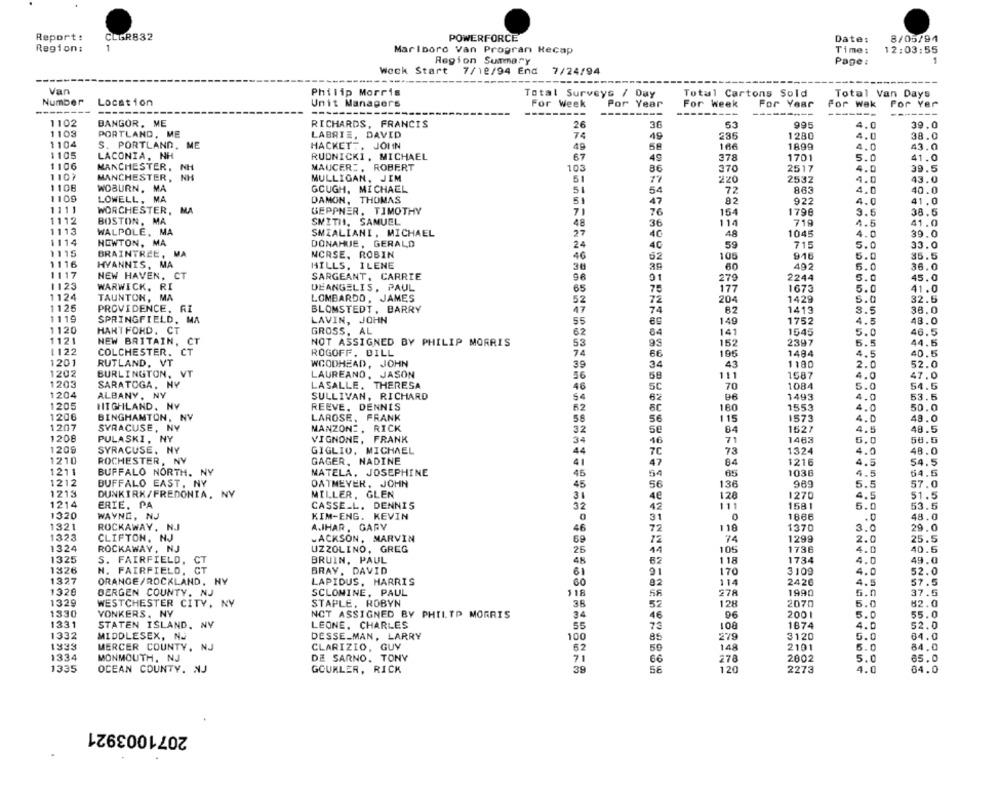
Report:
CLGR832
POWERFORCE
Date:
8/05/94
-
Region:
Marlboro van Progran Recap
Time:
12:03:55
Region Summary
Page:
1
Weck Start
7/12/94 End
7/24/94
Van
Philip Morris
Total Surveys / Day
Total Cartons Sold
Total Van Days
Number Location
Unit Managers
For Week
Por Year
For Week
For Year
For Wak For Yer
----------
----
---------
---------
----
1102
BANGOR. ME
RICHARDS, FRANCIS
26
53
995
4.0
39.0
1103
PORTLAND, ME
LABRIE, DAVID
74
49
1280
4.0
38.0
1104
S. PORTLAND, ME
HACKETT. JOHN
49
58
166
1899
4.0
43.0
1105
LACONIA, NH
RUDNICKI, MICHAEL
67
49
378
1701
5.0
41.0
1106
MANCHESTER, N
MAUCER :. ROBERT
370
2517
39.5
103
86
4.0
1107
MANCHESTER, NH
MULLIGAN, JIM
51
77
2532
4.0
43.0
1108
WOBURN, MA
GCUGH, MICHAEL
51
54
72
863
4.0
40.0
1109
LOWELL, MA
DAMON, THOMAS
51
47
82
922
4.0
41.0
1111
WORCHESTER, MA
GEPPNER. TIMOTHY
71
76
154
179€
3.5
38.6
1112
BOSTON, MA
SMITH, SAMUEL
36
114
719
41.0
48
4.5
1113
WALPOLE, MA
SMIALIANI, MICHAEL
27
40
48
1045
4.0
39.
1114
NEWTON, MA
DONAHUE, GERALD
24
40
59
715
5.0
33.0
1115
BRAINTREE, MA
NCRSE, ROBIN
35.5
46
62
105
916
5.0
1116
HYANNIS, MA
HILLS, ILENE
36
60
492
5.0
36.0
1117
NEW HAVEN, CT
SARGEANT, CARRIE
96
01
279
2244
5.0
45.0
1123
WARWICK, RI
DEANGELIS, PAUL
65
75
177
1673
5.0
41.0
1124
TAUNTON, MA
LOMBARDO, JAMES
52
72
204
1429
5.0
32.5
1125
PROVIDENCE, RI
BLOMSTEDT , BARRY
47
74
1413
38.0
3.5
1119
SPRINGFIELD, MA
LAVIN, JOHN
55
149
1752
4.5
48.0
1120
HART FORD, CT
GROSS, AL
62
64
141
1545
5.0
46.5
1121
NEW BRITAIN, CT
NOT ASSIGNED BY PHILIP MORRIS
53
95
152
2397
5.5
44.5
1122
COLCHESTER. CT
ROGOFF. DILL
74
66
195
1484
4.5
40.5
1201
RUTLAND, VT
WOODHEAD, JOHN
39
34
1180
2.0
52.0
1202
BURLINGTON, VT
43
LAUREANO, JASON
56
58
111
1587
4.0
47.0
1203
SARATOGA, NY
LASALLE. THERESA
46
50
70
1084
5.0
54.5
1204
ALBANY, NY
SULLIVAN, RICHARD
1493
4.0
53.5
62
1205
HIGHLAND. NY
REEVE. DENNIS
62
80
180
1553
4.0
50.0
1206
BINGHAMTON, NV
LAROSE, FRANK
58
56
115
1573
4.0
48.0
1207
SYRACUSE, NY
MANZONI, RICK
84
1527
4.5
48.5
32
1208
PULASKI, NY
VIGNONE, FRANK
34
46
71
1463
6.0
56.5
1209
SYRACUSE, NY
GIGLIO, MICHAEL
44
70
73
1324
4.0
48.0
1210
ROCHESTER, NY
GAGER, NADINE
47
84
1216
4.5
54.5
1211
BUFFALO NORTH, NY
MATELA. JOSEPHINE
45
5
05
1036
4.5
54.5
1212
BUFFALO EAST, NY
138
989
5.5
57.0
DATMEYER, JOHN
45
56
1213
DUNKIRK/FREDONIA, NY
MILLER, GLEN
31
4e
128
1270
4.5
51.5
1214
ERIE, PA
CASSE_L. DENNIS
32
42
111
1581
5.0
53.5
1320
KIM-ENG. KEVIN
WAYNE, NJ
31
0
1866
.0
48.0
1321
ROCKAWAY, NJ
A.JHAR, GARY
46
72
118
1370
3.0
29.0
1323
CLIFTON, NJ
LACKSON, MARVIN
69
12
74
1299
2.0
25.5
1324
ROCKAWAY, NJ
UZZOLINO, GREG
25
11
105
1736
4.0
40.
1325
S. FAIRFIELD.
CT
BRUIN, PAUL
48
118
1734
4.0
49.0
1326
N. FAIRFIELD, CT
BRAY. DAVID
61
91
170
3109
4.0
52.0
1327
ORANGE/ROCKLAND, HY
LAPIDUS, HARRIS
60
114
2426
57.5
1326
BERGEN COUNTY, NJ
SCLONINE, PAUL
118
58
278
1990
6.0
37.5
1329
36
128
2070
82.0
WESTCHESTER CITY, NY
STAPLE, ROBYN
52
5.0
1330
YONKERS. NY
NOT ASSIGNED BY PHILIP MORRIS
34
46
96
2001
5.0
55.0
1331
STATEN ISLAND, NY
LEONE, CHARLES
55
73
100
1674
4.0
52.0
1332
MIDDLESEX, NJ
DESSE_MAN, LARRY
100
85
279
3120
5.0
64.0
1333
MERCER COUNTY, NJ
CLARIZIO, GUY
62
148
2101
6.0
84.0
1334
MONMOUTH, NJ
DE SARNO. TONY
71
278
2802
5.0
65.0
66
1335
OCEAN COUNTY, NJ
GOUMLER, RICK
38
56
120
2273
4.0
64.0
2071003921